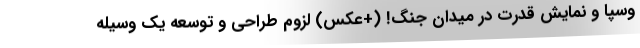
وسپا و نمایش قدرت در میدان جنگ! (+عکس) لزوم طراحی و توسعه یک وسیله